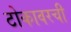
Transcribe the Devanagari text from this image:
टोकावरची